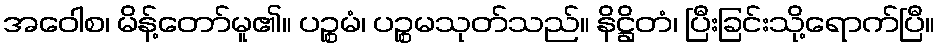
အဝေါစ၊ မိန့်တော်မူ၏။ ပဉ္စမံ၊ ပဉ္စမသုတ်သည်။ နိဋ္ဌိတံ၊ ပြီးခြင်းသို့ရောက်ပြီ။